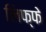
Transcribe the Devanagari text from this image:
लिफ्फे